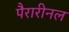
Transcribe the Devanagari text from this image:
पैरारीनल